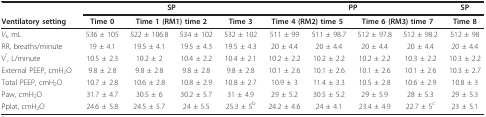
<table><thead><tr><td></td><td colspan="4"><b>SP</b></td><td colspan="4"><b>PP</b></td><td><b>SP</b></td></tr><tr><td><b>Ventilatory setting</b></td><td><b>Time 0</b></td><td colspan="2"><b>Time 1 (RM1) time 2</b></td><td><b>Time 3</b></td><td colspan="2"><b>Time 4 (RM2) time 5</b></td><td colspan="2"><b>Time 6 (RM3) time 7</b></td><td><b>Time 8</b></td></tr></thead><tbody><tr><td><i>V</i><sub>t</sub>, mL</td><td>536 ± 105</td><td>522 ± 106.8</td><td>534 ± 102</td><td>532 ± 102</td><td>511 ± 99</td><td>511 ± 98.7</td><td>512 ± 97.8</td><td>512 ± 98.2</td><td>512 ± 98</td></tr><tr><td>RR, breaths/minute</td><td>19 ± 4.1</td><td>19.5 ± 4.1</td><td>19.5 ± 4.3</td><td>19.5 ± 4.3</td><td>20 ± 4.4</td><td>20 ± 4.4</td><td>20 ± 4.4</td><td>20 ± 4.4</td><td>20 ± 4.4</td></tr><tr><td>V<sup>°</sup>, L/minute</td><td>10.5 ± 2.3</td><td>10.2 ± 2</td><td>10.4 ± 2.2</td><td>10.4 ± 2.1</td><td>10.2 ± 2.2</td><td>10.2 ± 2.2</td><td>10.2 ± 2.2</td><td>10.3 ± 2.2</td><td>10.3 ± 2.2</td></tr><tr><td>External PEEP, cmH<sub>2</sub>O</td><td>9.8 ± 2.8</td><td>9.8 ± 2.8</td><td>9.8 ± 2.8</td><td>9.8 ± 2.8</td><td>10.1 ± 2.6</td><td>10.1 ± 2.6</td><td>10.1 ± 2.6</td><td>10.1 ± 2.6</td><td>10.3 ± 2.7</td></tr><tr><td>Total PEEP, cmH<sub>2</sub>O</td><td>10.7 ± 2.8</td><td>10.6 ± 2.8</td><td>10.8 ± 2.9</td><td>10.8 ± 2.7</td><td>10.9 ± 3</td><td>11.4 ± 3.3</td><td>10.5 ± 2.8</td><td>10.6 ± 2.9</td><td>10.8 ± 3</td></tr><tr><td>Paw, cmH<sub>2</sub>O</td><td>31.7 ± 4.7</td><td>30.5 ± 6</td><td>30.2 ± 5.7</td><td>31 ± 4.9</td><td>29 ± 5.2</td><td>30.5 ± 5.2</td><td>29 ± 5.9</td><td>28 ± 5.3</td><td>29 ± 5.3</td></tr><tr><td>Pplat, cmH<sub>2</sub>O</td><td>24.6 ± 5.8</td><td>24.5 ± 5.7</td><td>24 ± 5.5</td><td>25.3 ± 5<sup>b</sup></td><td>24.2 ± 4.6</td><td>24 ± 4.1</td><td>23.4 ± 4.9</td><td>22.7 ± 5<sup>c</sup></td><td>23 ± 5.1</td></tr></tbody></table>